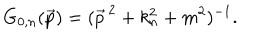
LaTeX: G _ { 0 , n } ( \vec { p } ) = ( \vec { p } ^ { \, 2 } + k _ { n } ^ { 2 } + m ^ { 2 } ) ^ { - 1 } .